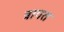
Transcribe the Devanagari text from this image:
त्रायत